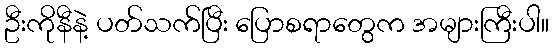
ဦးကိုနီနဲ့ ပတ်သက်ပြီး ပြောစရာတွေက အများကြီးပါ။